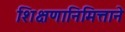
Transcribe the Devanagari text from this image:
शिक्षणानिमित्ताने